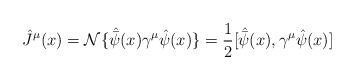
LaTeX: \begin{align*}{\hat J}^{\mu}(x)={\cal N} \{{\hat {\bar \psi}}(x)\gamma^{\mu}{\hat\psi}(x)\}=\frac{1}{2}[{\hat {\bar \psi}}(x),\gamma^{\mu}{\hat \psi}(x)]\end{align*}